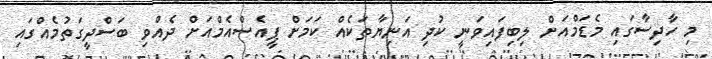
މި ހާދިސާގައި މެޑަމްއަށް ލިބިފައިވަނީ ކުދި އަނިޔާތަކެއް ކަމަށް ޕީއެސްއެމްއަށް ދެއްވި ބަސްދީގަތުމެއްގައި